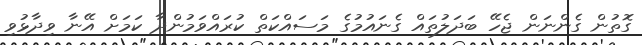
ގޮތުން ގެންނަން ޖެހޭ ބަދަލުތައް ގެނައުމުގެ މަސައްކަތް ކުރައްވަމުންދާ ކަމަށް އޭނާ ވިދާޅުވި